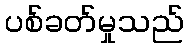
ပစ်ခတ်မှုသည်